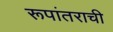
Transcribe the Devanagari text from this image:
रूपांतराची